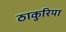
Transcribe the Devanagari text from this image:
ठाकुरिया